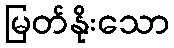
မြတ်နိုးသော